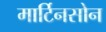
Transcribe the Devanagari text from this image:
मार्टिनसोन